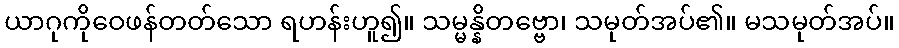
ယာဂုကိုဝေဖန်တတ်သော ရဟန်းဟူ၍။ သမ္မန္နိတဗ္ဗော၊ သမုတ်အပ်၏။ မသမုတ်အပ်။